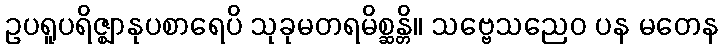
ဥပရူပရိဇ္ဈာနုပစာရေပိ သုခုမတရမိစ္ဆန္တိ။ သဗ္ဗေသညေဝ ပန မတေန